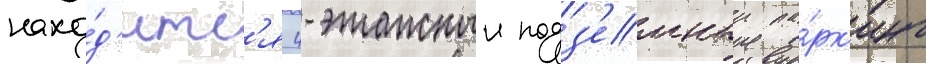
нахо́д'итс'я 4-этажныи подз'емныи па́рк'инг